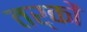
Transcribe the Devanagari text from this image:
तर्काें